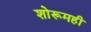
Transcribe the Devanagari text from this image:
शोरूमही